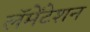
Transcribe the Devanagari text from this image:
लॅमेंटेशन